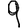
Digit: 9